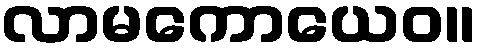
လာမကောယေဝ။